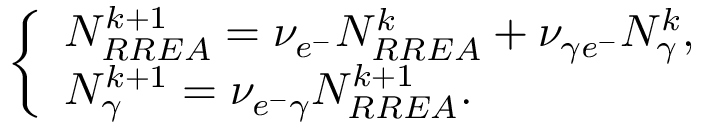
\left\{ \begin{array} { l l } { N _ { R R E A } ^ { k + 1 } = \nu _ { e ^ { - } } N _ { R R E A } ^ { k } + \nu _ { \gamma e ^ { - } } N _ { \gamma } ^ { k } , } \\ { N _ { \gamma } ^ { k + 1 } = \nu _ { e ^ { - } \gamma } N _ { R R E A } ^ { k + 1 } . } \end{array} \right.